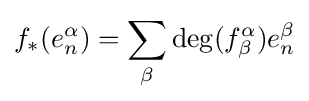
f_{*}(e_{n}^{\alpha })=\sum _{\beta }\deg(f_{\beta }^{\alpha })e_{n}^{\beta }